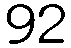
92